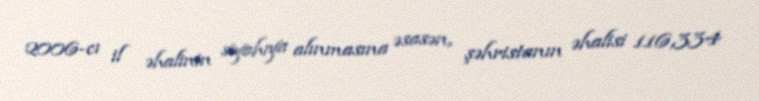
2006-cı il əhalinin siyahıya alınmasına əsasən, şəhristanın əhalisi 116,334